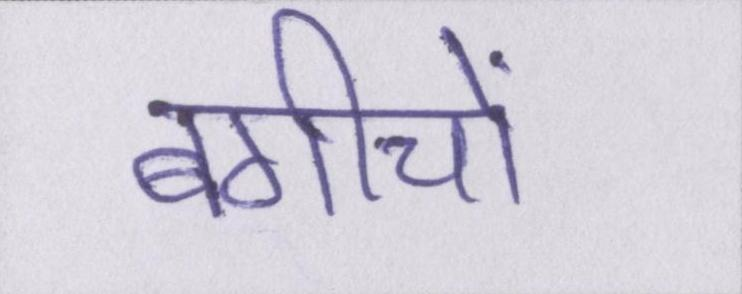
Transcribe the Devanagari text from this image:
बगीचों